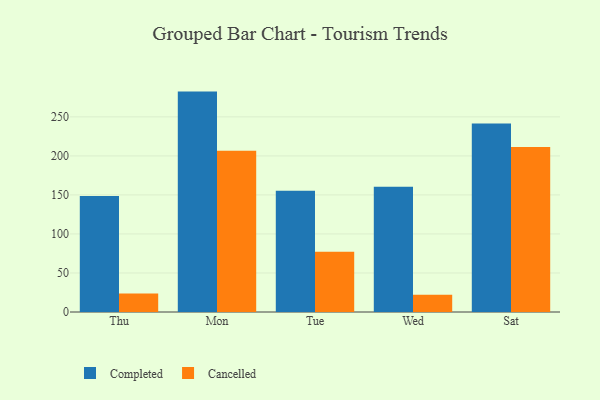
{"axis": {"x": "Day", "y": "Revenue (USD Million)"}, "legend": ["Cancelled", "Completed"], "data": [{"x": "Thu", "y": 148.6, "type": "Completed"}, {"x": "Thu", "y": 23.6, "type": "Cancelled"}, {"x": "Mon", "y": 282.4, "type": "Completed"}, {"x": "Mon", "y": 206.7, "type": "Cancelled"}, {"x": "Tue", "y": 155.2, "type": "Completed"}, {"x": "Tue", "y": 77.1, "type": "Cancelled"}, {"x": "Wed", "y": 160.4, "type": "Completed"}, {"x": "Wed", "y": 22.2, "type": "Cancelled"}, {"x": "Sat", "y": 241.5, "type": "Completed"}, {"x": "Sat", "y": 211.5, "type": "Cancelled"}]}